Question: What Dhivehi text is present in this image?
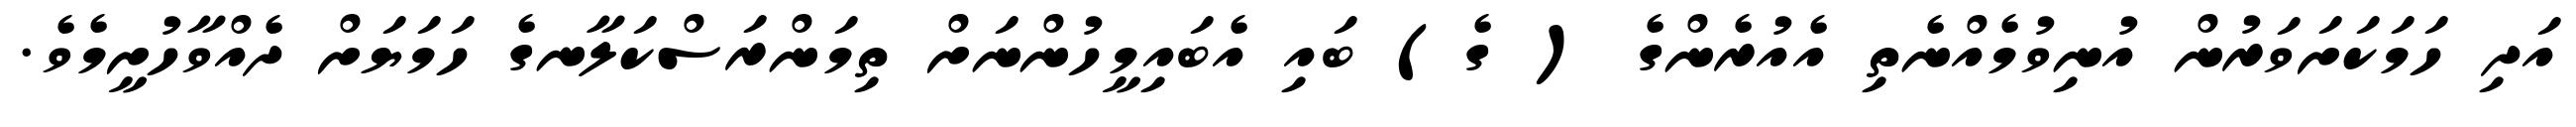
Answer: އަދި ހަމަކަށަވަރުން އުނިވުމެއްނެތި އެއުރެންގެ ( ގެ) ބައި އެބައިމީހުންނަށް ތިމަންރަސްކަލާނގެ ހަމަޔަށް ދެއްވާހުށީމެވެ.